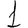
Digit: 1